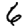
Digit: 6